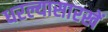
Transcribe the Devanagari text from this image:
धरल्यासारखें